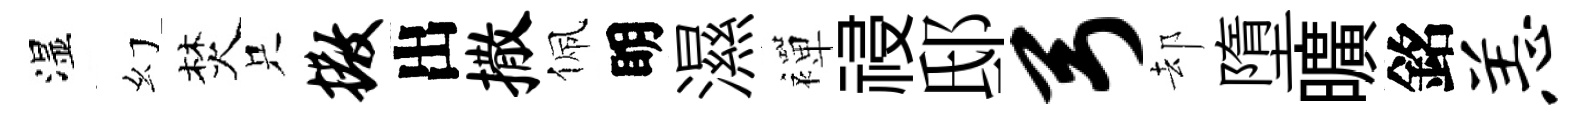
湿幻焚只撒出撒佩眀濕襌祲邸弓却墮曠銘恙